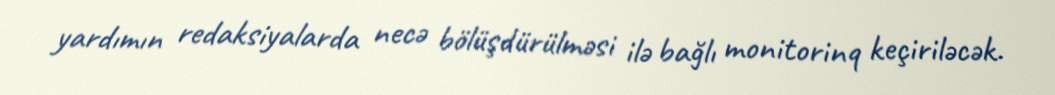
yardımın redaksiyalarda necə bölüşdürülməsi ilə bağlı monitorinq keçiriləcək.